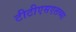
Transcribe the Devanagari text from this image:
टीटीएसएलच्या